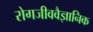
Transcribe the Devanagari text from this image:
रोगजीववैज्ञानिक